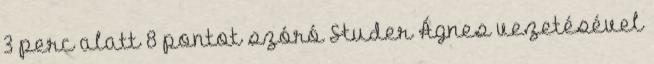
3 perc alatt 8 pontot szóró Studer Ágnes vezetésével